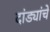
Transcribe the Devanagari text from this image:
दांड्यांचे